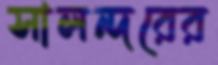
সালন্দরের